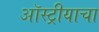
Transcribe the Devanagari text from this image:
ऑस्ट्रीयाचा